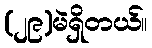
(၂၉)မဲရှိတယ်။